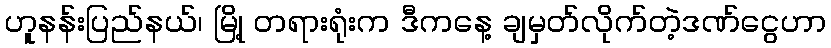
ဟူနန်းပြည်နယ်၊ မြို့ တရားရုံးက ဒီကနေ့ ချမှတ်လိုက်တဲ့ဒဏ်ငွေဟာ